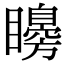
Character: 矈